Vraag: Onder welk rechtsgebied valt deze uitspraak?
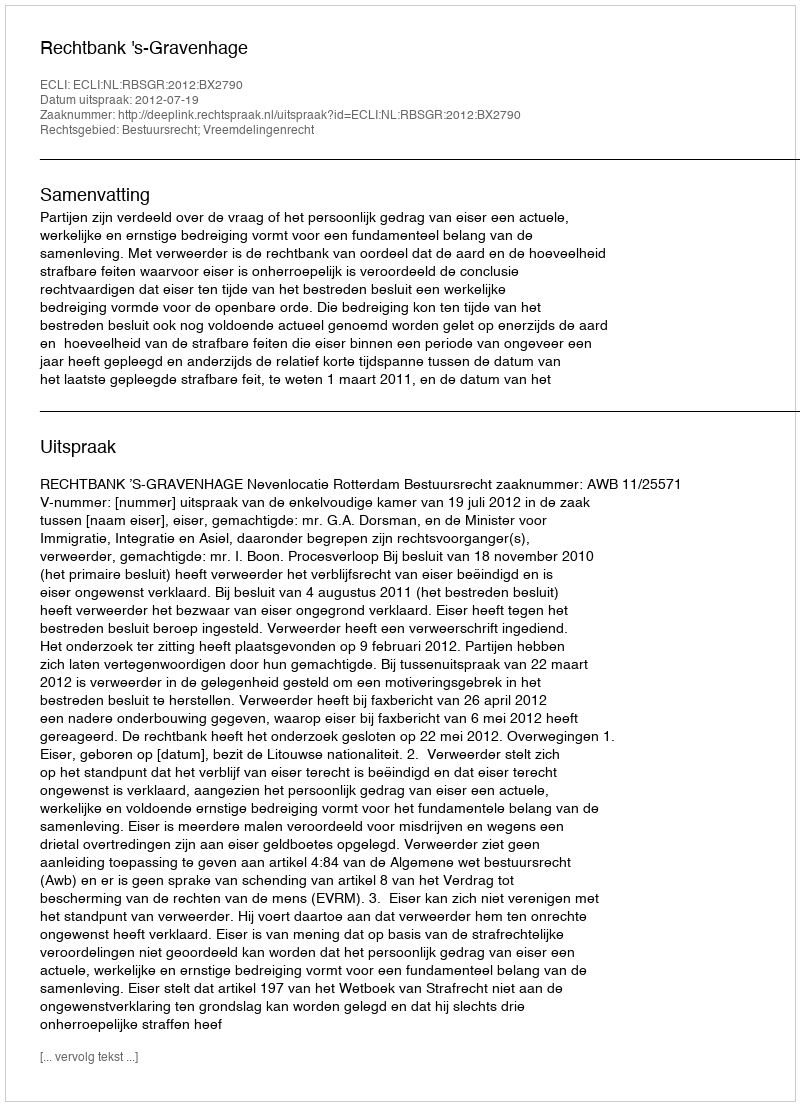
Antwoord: Bestuursrecht; Vreemdelingenrecht